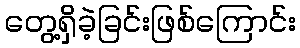
တွေ့ရှိခဲ့ခြင်းဖြစ်ကြောင်း